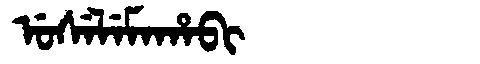
Manchu: ᡠᠰᡝᠯᡝᠮᠠᡥᠠᠪᡳ
Romanization: USELEMAHABI